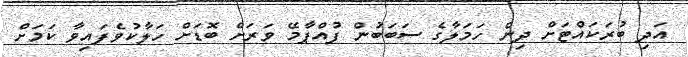
އަދި ބުރަކައްޓަށް ދިން ހަމަލާގެ ސަބަބުން ފުއްޕާމޭ ވަރަށް ބޮޑަށް ހަލާކުވެފައިވާ ކަމަށް